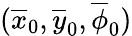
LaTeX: (\overline{{x}}_{0},\overline{{y}}_{0},\overline{{\phi}}_{0})